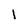
Character: l